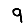
Digit: 9